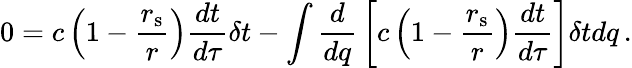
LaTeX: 0=c\left(1-{\frac{r_{\mathrm{{s}}}}{r}}\right){\frac{dt}{d\tau}}\delta t-\int{{\frac{d}{dq}}\left[c\left(1-{\frac{r_{\mathrm{{s}}}}{r}}\right){\frac{dt}{d\tau}}\right]\delta tdq}\, .